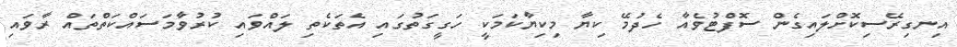
އިނގިރޭސިކޮށްލައިގެން ސޮފްޓުވެއާ ހެދުމޭ ކިޔާ މިކިޔާކަމަކީ ހަގީގަތުގައި އެތަކެތި ލައްވައި ކުރުވާމަސައްކަތްތައް ރާވައި